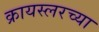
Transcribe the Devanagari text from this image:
क्रायस्लरच्या